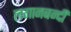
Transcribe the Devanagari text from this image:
लगानबन्दी